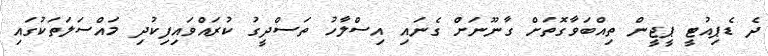
ދެ ޑެޕިއުޓީ ޕީޖީން ތިއްބަވާގޮތަށް ގާނޫނަށް ގެނައި އިސްލާހު ތަސްދީގު ކުރައްވައިފިކުދި މައްސަލަތަކުގައި